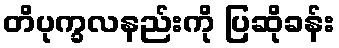
တိပုက္ခလနည်းကို ပြဆိုခန်း